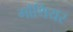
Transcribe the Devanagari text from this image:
गौथियर